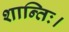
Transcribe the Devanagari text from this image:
शान्तिः।